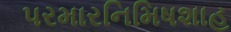
પરમારનિમિષશાહ